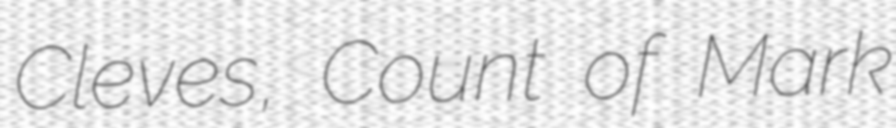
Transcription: Cleves, Count of Mark